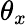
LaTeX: \theta_{x}